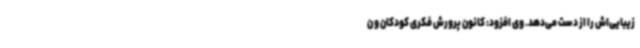
زیبایی‌اش را از دست می‌دهد. وی افزود: کانون پرورش فکری کودکان و ن